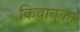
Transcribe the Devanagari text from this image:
किवानुका